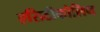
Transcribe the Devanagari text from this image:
एसिटीकोलिन